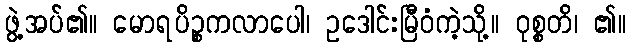
ဖွဲ့အပ်၏။ မောရပိဉ္စကလာပေါ၊ ဥဒေါင်းမြီဝံကဲ့သို့။ ဝုစ္စတိ၊ ၏။